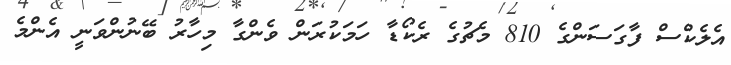
އެލެކްސް ފާގަސަންގެ 810 މެޗުގެ ރެކޯޑާ ހަމަކުރަން ވެންގާ މިހާރު ބޭނުންވަނީ އެންމެ